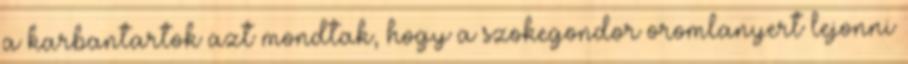
a karbantartok azt mondtak, hogy a szokegondor oromlanyert lejonni